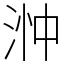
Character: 浺